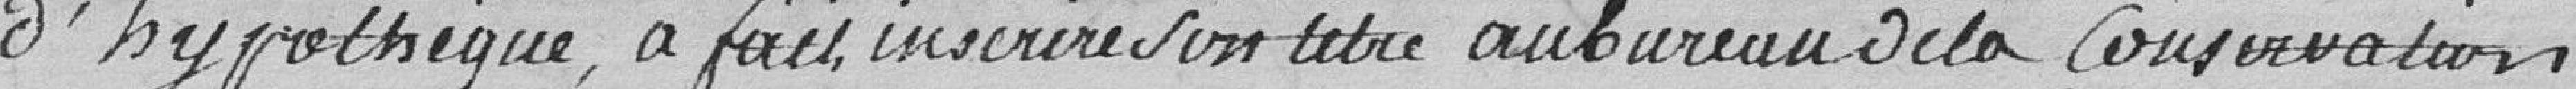
d'hypothèque, à fait inscrire son titre au bureau de la conservation